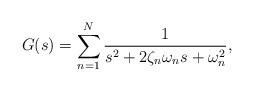
LaTeX: \begin{align*} G(s) = \sum_{n=1}^{N}\frac{1}{s^{2}+2 \zeta_n \omega_{n} s+\omega_{n}^{2}}, \end{align*}